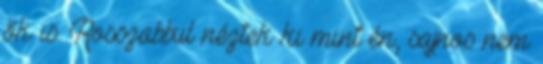
ők is. Rosszabbul néztek ki mint én, sajnos nem